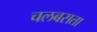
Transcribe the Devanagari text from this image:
चलबसता